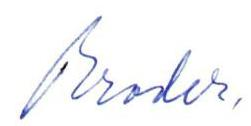
Broder,